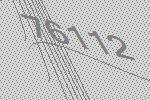
76112